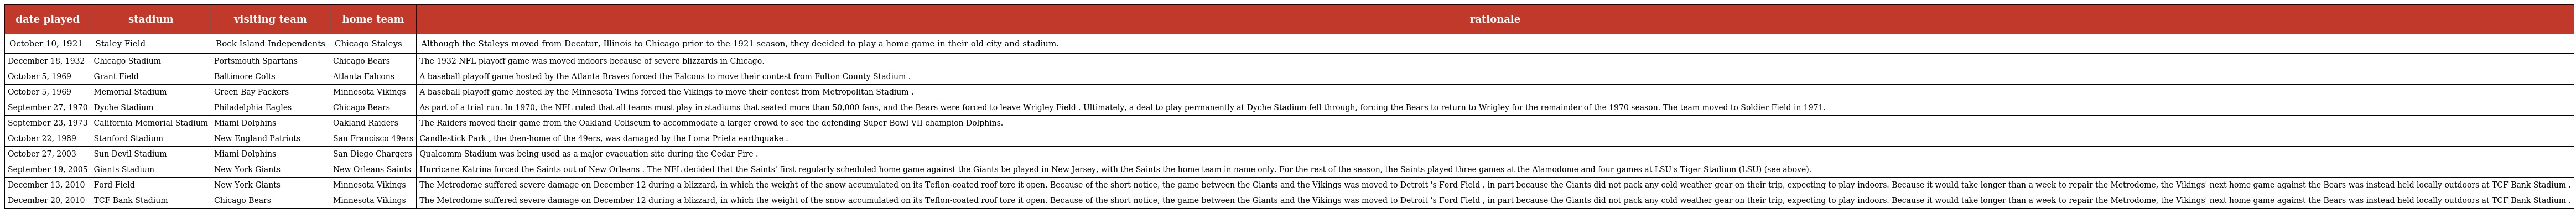
| date played | stadium | visiting team | home team | rationale |
 | --- | --- | --- | --- | --- |
 | October 10, 1921 | Staley Field | Rock Island Independents | Chicago Staleys | Although the Staleys moved from Decatur, Illinois to Chicago prior to the 1921 season, they decided to play a home game in their old city and stadium. |
 | December 18, 1932 | Chicago Stadium | Portsmouth Spartans | Chicago Bears | The 1932 NFL playoff game was moved indoors because of severe blizzards in Chicago. |
 | October 5, 1969 | Grant Field | Baltimore Colts | Atlanta Falcons | A baseball playoff game hosted by the Atlanta Braves forced the Falcons to move their contest from Fulton County Stadium . |
 | October 5, 1969 | Memorial Stadium | Green Bay Packers | Minnesota Vikings | A baseball playoff game hosted by the Minnesota Twins forced the Vikings to move their contest from Metropolitan Stadium . |
 | September 27, 1970 | Dyche Stadium | Philadelphia Eagles | Chicago Bears | As part of a trial run. In 1970, the NFL ruled that all teams must play in stadiums that seated more than 50,000 fans, and the Bears were forced to leave Wrigley Field . Ultimately, a deal to play permanently at Dyche Stadium fell through, forcing the Bears to return to Wrigley for the remainder of the 1970 season. The team moved to Soldier Field in 1971. |
 | September 23, 1973 | California Memorial Stadium | Miami Dolphins | Oakland Raiders | The Raiders moved their game from the Oakland Coliseum to accommodate a larger crowd to see the defending Super Bowl VII champion Dolphins. |
 | October 22, 1989 | Stanford Stadium | New England Patriots | San Francisco 49ers | Candlestick Park , the then-home of the 49ers, was damaged by the Loma Prieta earthquake . |
 | October 27, 2003 | Sun Devil Stadium | Miami Dolphins | San Diego Chargers | Qualcomm Stadium was being used as a major evacuation site during the Cedar Fire . |
 | September 19, 2005 | Giants Stadium | New York Giants | New Orleans Saints | Hurricane Katrina forced the Saints out of New Orleans . The NFL decided that the Saints' first regularly scheduled home game against the Giants be played in New Jersey, with the Saints the home team in name only. For the rest of the season, the Saints played three games at the Alamodome and four games at LSU's Tiger Stadium (LSU) (see above). |
 | December 13, 2010 | Ford Field | New York Giants | Minnesota Vikings | The Metrodome suffered severe damage on December 12 during a blizzard, in which the weight of the snow accumulated on its Teflon-coated roof tore it open. Because of the short notice, the game between the Giants and the Vikings was moved to Detroit 's Ford Field , in part because the Giants did not pack any cold weather gear on their trip, expecting to play indoors. Because it would take longer than a week to repair the Metrodome, the Vikings' next home game against the Bears was instead held locally outdoors at TCF Bank Stadium . |
 | December 20, 2010 | TCF Bank Stadium | Chicago Bears | Minnesota Vikings | The Metrodome suffered severe damage on December 12 during a blizzard, in which the weight of the snow accumulated on its Teflon-coated roof tore it open. Because of the short notice, the game between the Giants and the Vikings was moved to Detroit 's Ford Field , in part because the Giants did not pack any cold weather gear on their trip, expecting to play indoors. Because it would take longer than a week to repair the Metrodome, the Vikings' next home game against the Bears was instead held locally outdoors at TCF Bank Stadium . |